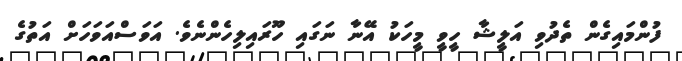
ފުންމައިގެން ތެދުވި އަލީޝާ ހީވީ މީހަކު އޭނާ ނަގައި ހޫރައިލިހެންނެވެ. އަވަސްއަވަހަށް އަތުގެ